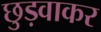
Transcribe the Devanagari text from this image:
छुड़वाकर